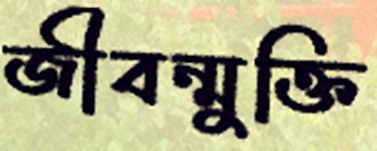
জীবন্মুক্তি